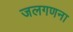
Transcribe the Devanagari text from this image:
जलगणना